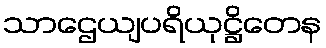
သာဌေယျပရိယုဋ္ဌိတေန